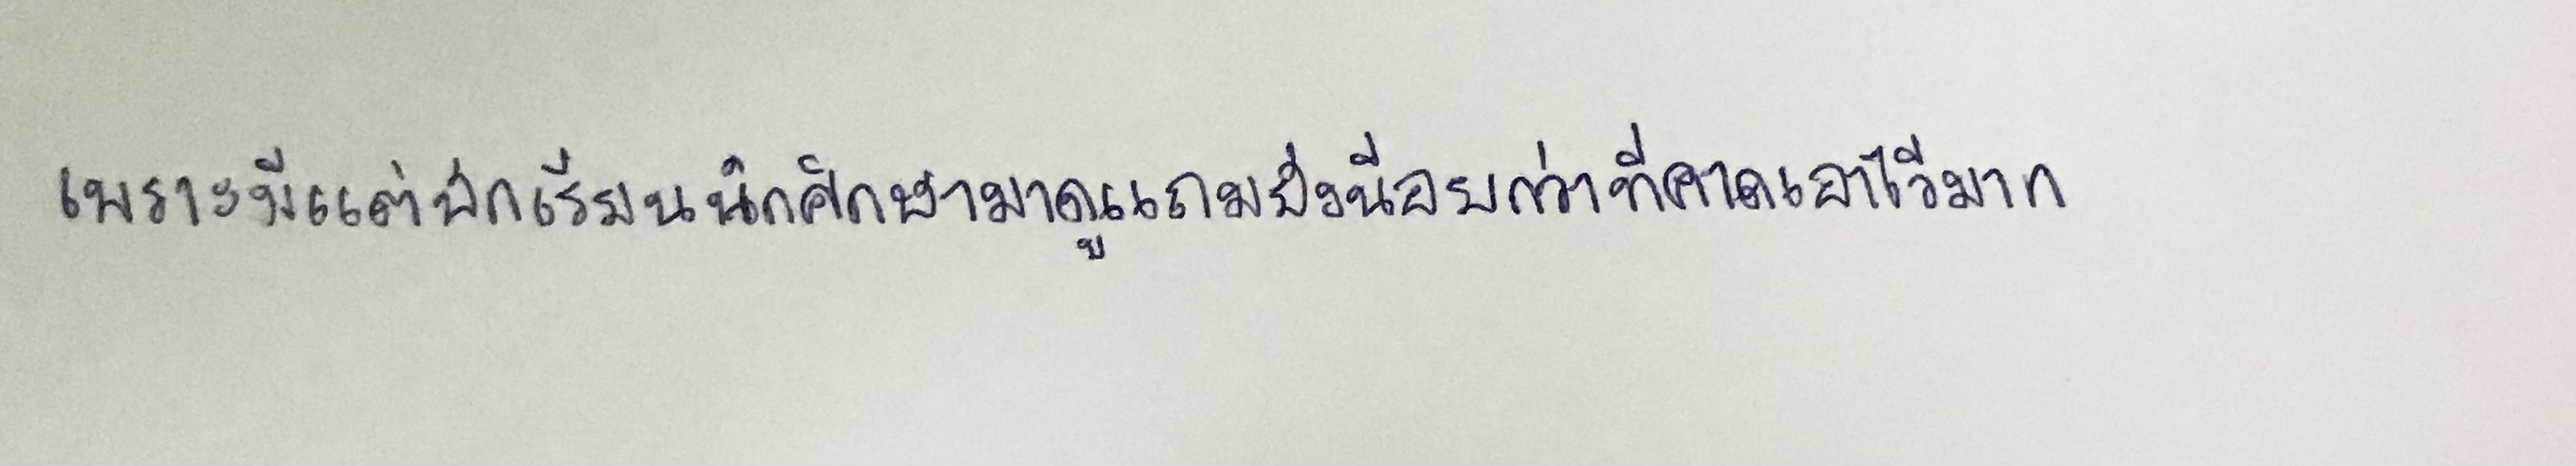
เพราะมีแต่นักเรียนนักศึกษามาดูแถมยังน้อยกว่าที่คาดเอาไว้มาก